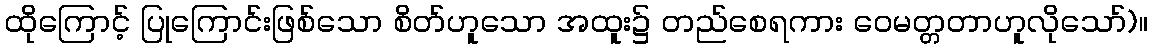
ထိုကြောင့် ပြုကြောင်းဖြစ်သော စိတ်ဟူသော အထူး၌ တည်စေရကား ဝေမတ္တတာဟူလိုသော်)။